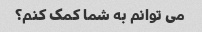
می توانم به شما کمک کنم؟